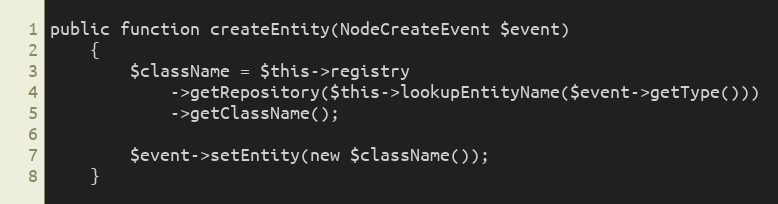
Language: PHP
public function createEntity(NodeCreateEvent $event)
    {
        $className = $this->registry
            ->getRepository($this->lookupEntityName($event->getType()))
            ->getClassName();

        $event->setEntity(new $className());
    }